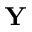
\mathbf { Y }